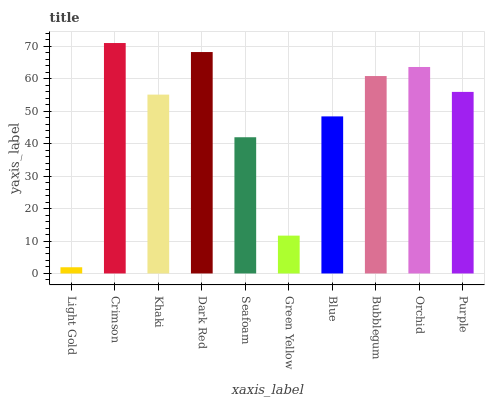
| xaxis_label | bars |
 | --- | --- |
 | Light Gold | 1.91 |
 | Crimson | 71 |
 | Khaki | 55.1 |
 | Dark Red | 68.2 |
 | Seafoam | 42 |
 | Green Yellow | 11.7 |
 | Blue | 48.4 |
 | Bubblegum | 60.8 |
 | Orchid | 63.6 |
 | Purple | 55.9 |